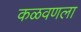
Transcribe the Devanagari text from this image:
कळवणला